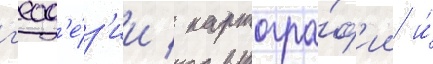
г'еод'е́з'ии / картогра́ф'ии и́